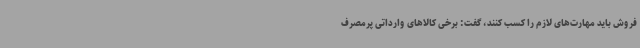
فروش باید مهارت‌های لازم را کسب کنند، گفت: برخی کالاهای وارداتی پرمصرف